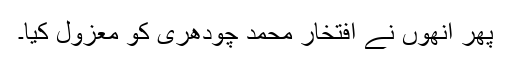
پھر انھوں نے افتخار محمد چودھری کو معزول کیا۔